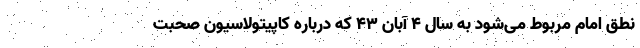
نطق امام مربوط می‌شود به سال ۴ آبان ۴۳ که درباره کاپیتولاسیون صحبت